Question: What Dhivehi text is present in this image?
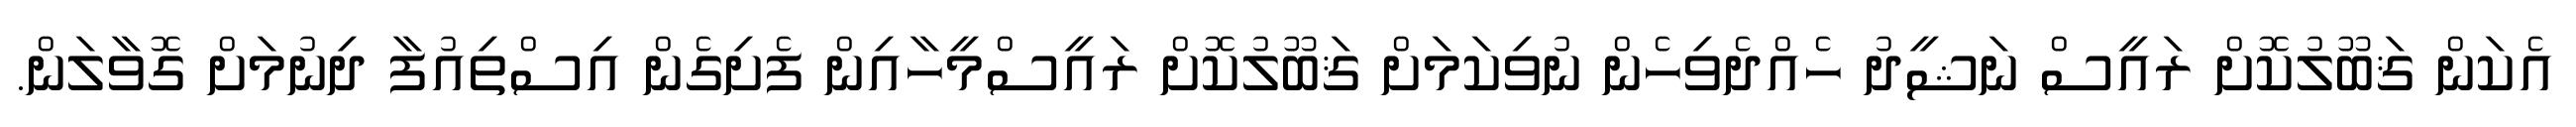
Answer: އެކަން ޤަބޫލުކޮށް ރައީސް ނަޝީދު ހެއްދެވިހެން ނުވިކަމަށް ޤަބޫލުކޮށް ރައީސްމީހާއިން ފެށިގެން އިސްތިއުފާ ދިނުމަށް ގޮވާލަން.